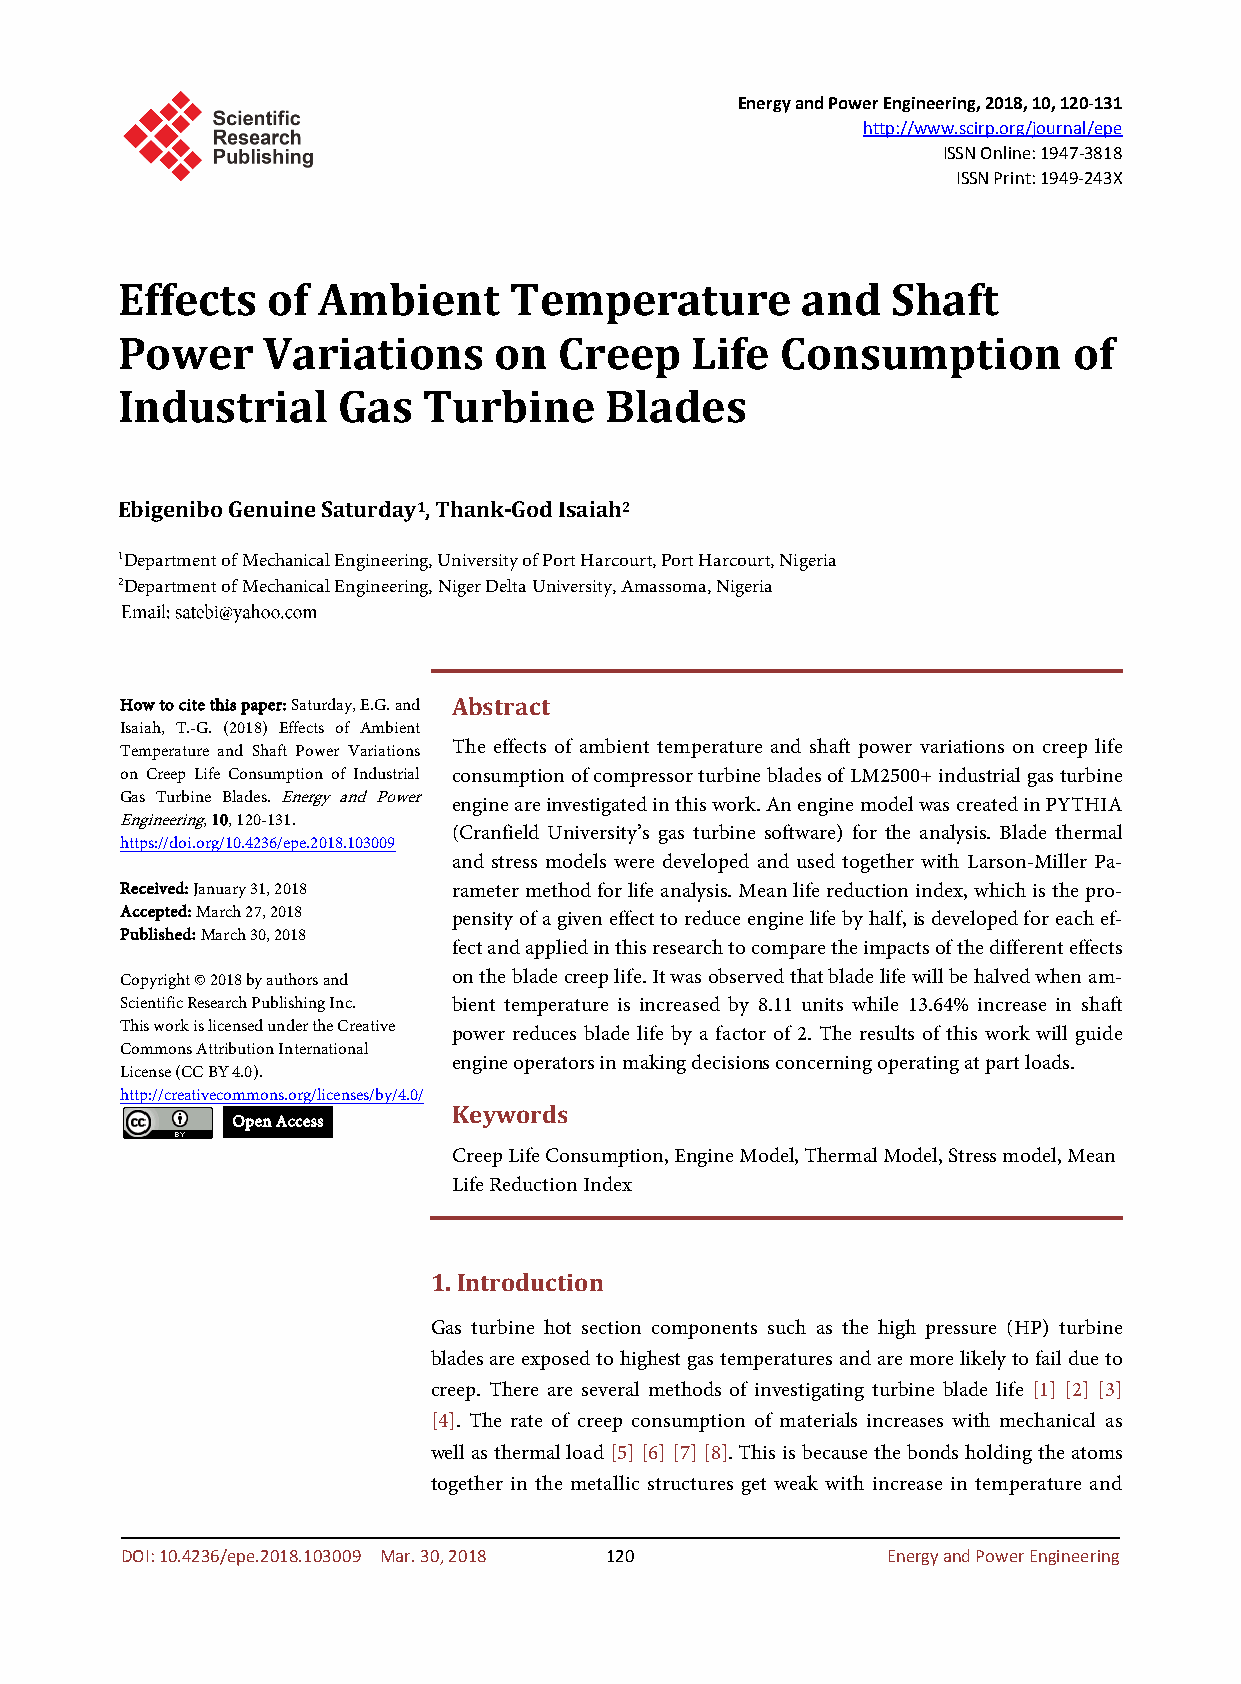
Energy and Power Engineering, 2018, 10, 120-131
 http://www.scirp.org/journal/epe
 ISSN Online: 1947-3818
 ISSN Print: 1949-243X
 Effects   of Ambient      Temperature        and   Shaft
 Power    Variations      on  Creep    Life  Consumption        of
 Industrial    Gas   Turbine     Blades
 Ebigenibo Genuine Saturday1, Thank-God Isaiah2
 1Department of Mechanical Engineering, University of Port Harcourt, Port Harcourt, Nigeria
 2Department of Mechanical Engineering, Niger Delta University, Amassoma, Nigeria
 How to cite this paper: Saturday, E.G. and Abstract
 Isaiah, T.-G. (2018) Effects of Ambient
 Temperature and Shaft Power Variations The effects of ambient temperature and shaft power variations on creep life
 on Creep Life Consumption of Industrial consumption of compressor turbine blades of LM2500+ industrial gas turbine
 Gas Turbine Blades. Energy and Power engine are investigated in this work. An engine model was created in PYTHIA
 Engineering, 10, 120-131.
 (Cranfield University’s gas turbine software) for the analysis. Blade thermal
 https://doi.org/10.4236/epe.2018.103009
 and stress models were developed and used together with Larson-Miller Pa-
 Received: January 31, 2018 rameter method for life analysis. Mean life reduction index, which is the pro-
 Accepted: March 27, 2018 pensity of a given effect to reduce engine life by half, is developed for each ef-
 Published: March 30, 2018
 fect and applied in this research to compare the impacts of the different effects
 Copyright © 2018 by authors and on the blade creep life. It was observed that blade life will be halved when am-
 Scientific Research Publishing Inc. bient temperature is increased by 8.11 units while 13.64% increase in shaft
 This work is licensed under the Creative power reduces blade life by a factor of 2. The results of this work will guide
 Commons Attribution International
 engine operators in making decisions concerning operating at part loads.
 License (CC BY 4.0).
 http://creativecommons.org/licenses/by/4.0/
 Keywords
 Open Access
 Creep Life Consumption, Engine Model, Thermal Model, Stress model, Mean
 Life Reduction Index
 1. Introduction
 Gas turbine hot section components such as the high pressure (HP) turbine
 blades are exposed to highest gas temperatures and are more likely to fail due to
 creep. There are several methods of investigating turbine blade life [1] [2] [3]
 [4]. The rate of creep consumption of materials increases with mechanical as
 well as thermal load [5] [6] [7] [8]. This is because the bonds holding the atoms
 together in the metallic structures get weak with increase in temperature and
 DOI: 10.4236/epe.2018.103009 Mar. 30, 2018 120     Energy and Power Engineering